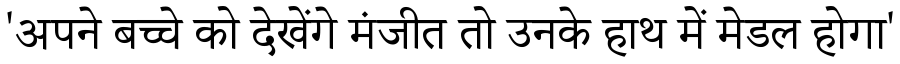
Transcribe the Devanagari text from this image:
'अपने बच्चे को देखेंगे मंजीत तो उनके हाथ में मेडल होगा'